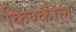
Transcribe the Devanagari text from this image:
किरकोल